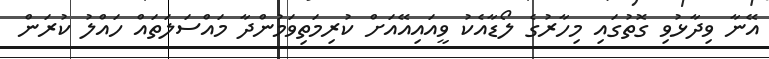
އޭނާ ވިދާޅުވި ގޮތުގައި މިހާރުގެ ލޯޑާއެކު ވީއައިއޭއަށް ކުރިމަތިވަމުންދާ މައްސަލަތައް ހައްލު ކުރަން